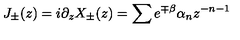
J _ { \pm } ( z ) = i \partial _ { z } X _ { \pm } ( z ) = \sum e ^ { \mp \beta } \alpha _ { n } z ^ { - n - 1 }